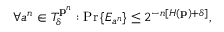
\forall a ^ { n } \in T _ { \delta } ^ { \mathbf { p } ^ { n } } : \operatorname* { P r } \left\{ E _ { a ^ { n } } \right\} \leq 2 ^ { - n \left[ H \left( \mathbf { p } \right) + \delta \right] } ,